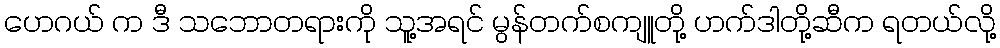
ဟေဂယ် က ဒီ သဘောတရားကို သူ့အရင် မွန်တက်စကျူတို့ ဟက်ဒါတို့ဆီက ရတယ်လို့